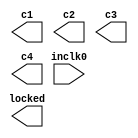
// megafunction wizard: %ALTPLL%VBB%
// GENERATION: STANDARD
// VERSION: WM1.0
// MODULE: altpll 

// ============================================================
// Megafunction Name(s):
// 			altpll
//
// Simulation Library Files(s):
// 			altera_mf
// ============================================================
// ************************************************************
// THIS IS A WIZARD-GENERATED FILE. DO NOT EDIT THIS FILE!
//
// 13.1.0 Build 162 10/23/2013 SJ Web Edition
// ************************************************************

//Copyright (C) 1991-2013 Altera Corporation
//Your use of Altera Corporation's design tools, logic functions 
//and other software and tools, and its AMPP partner logic 
//functions, and any output files from any of the foregoing 
//(including device programming or simulation files), and any 
//associated documentation or information are expressly subject 
//to the terms and conditions of the Altera Program License 
//Subscription Agreement, Altera MegaCore Function License 
//Agreement, or other applicable license agreement, including, 
//without limitation, that your use is for the sole purpose of 
//programming logic devices manufactured by Altera and sold by 
//Altera or its authorized distributors.  Please refer to the 
//applicable agreement for further details.

module jtframe_pll0 (
	inclk0,
	c1,
	c2,
	c3,
	c4,
	locked);

	input	  inclk0;
	output	  c1;
	output	  c2;
	output	  c3;
	output	  c4;
	output	  locked;

endmodule

// ============================================================
// CNX file retrieval info
// ============================================================
// Retrieval info: PRIVATE: ACTIVECLK_CHECK STRING "0"
// Retrieval info: PRIVATE: BANDWIDTH STRING "1.000"
// Retrieval info: PRIVATE: BANDWIDTH_FEATURE_ENABLED STRING "1"
// Retrieval info: PRIVATE: BANDWIDTH_FREQ_UNIT STRING "MHz"
// Retrieval info: PRIVATE: BANDWIDTH_PRESET STRING "Low"
// Retrieval info: PRIVATE: BANDWIDTH_USE_AUTO STRING "1"
// Retrieval info: PRIVATE: BANDWIDTH_USE_PRESET STRING "0"
// Retrieval info: PRIVATE: CLKBAD_SWITCHOVER_CHECK STRING "0"
// Retrieval info: PRIVATE: CLKLOSS_CHECK STRING "0"
// Retrieval info: PRIVATE: CLKSWITCH_CHECK STRING "0"
// Retrieval info: PRIVATE: CNX_NO_COMPENSATE_RADIO STRING "0"
// Retrieval info: PRIVATE: CREATE_CLKBAD_CHECK STRING "0"
// Retrieval info: PRIVATE: CREATE_INCLK1_CHECK STRING "0"
// Retrieval info: PRIVATE: CUR_DEDICATED_CLK STRING "c1"
// Retrieval info: PRIVATE: CUR_FBIN_CLK STRING "c0"
// Retrieval info: PRIVATE: DEVICE_SPEED_GRADE STRING "8"
// Retrieval info: PRIVATE: DIV_FACTOR1 NUMERIC "3"
// Retrieval info: PRIVATE: DIV_FACTOR2 NUMERIC "1"
// Retrieval info: PRIVATE: DIV_FACTOR3 NUMERIC "1"
// Retrieval info: PRIVATE: DIV_FACTOR4 NUMERIC "1"
// Retrieval info: PRIVATE: DUTY_CYCLE1 STRING "50.00000000"
// Retrieval info: PRIVATE: DUTY_CYCLE2 STRING "50.00000000"
// Retrieval info: PRIVATE: DUTY_CYCLE3 STRING "50.00000000"
// Retrieval info: PRIVATE: DUTY_CYCLE4 STRING "50.00000000"
// Retrieval info: PRIVATE: EFF_OUTPUT_FREQ_VALUE1 STRING "48.000000"
// Retrieval info: PRIVATE: EFF_OUTPUT_FREQ_VALUE2 STRING "48.000000"
// Retrieval info: PRIVATE: EFF_OUTPUT_FREQ_VALUE3 STRING "24.000000"
// Retrieval info: PRIVATE: EFF_OUTPUT_FREQ_VALUE4 STRING "6.000000"
// Retrieval info: PRIVATE: EXPLICIT_SWITCHOVER_COUNTER STRING "0"
// Retrieval info: PRIVATE: EXT_FEEDBACK_RADIO STRING "0"
// Retrieval info: PRIVATE: GLOCKED_COUNTER_EDIT_CHANGED STRING "1"
// Retrieval info: PRIVATE: GLOCKED_FEATURE_ENABLED STRING "0"
// Retrieval info: PRIVATE: GLOCKED_MODE_CHECK STRING "0"
// Retrieval info: PRIVATE: GLOCK_COUNTER_EDIT NUMERIC "1048575"
// Retrieval info: PRIVATE: HAS_MANUAL_SWITCHOVER STRING "1"
// Retrieval info: PRIVATE: INCLK0_FREQ_EDIT STRING "50.000"
// Retrieval info: PRIVATE: INCLK0_FREQ_UNIT_COMBO STRING "MHz"
// Retrieval info: PRIVATE: INCLK1_FREQ_EDIT STRING "25.000"
// Retrieval info: PRIVATE: INCLK1_FREQ_EDIT_CHANGED STRING "1"
// Retrieval info: PRIVATE: INCLK1_FREQ_UNIT_CHANGED STRING "1"
// Retrieval info: PRIVATE: INCLK1_FREQ_UNIT_COMBO STRING "MHz"
// Retrieval info: PRIVATE: INTENDED_DEVICE_FAMILY STRING "Cyclone III"
// Retrieval info: PRIVATE: INT_FEEDBACK__MODE_RADIO STRING "1"
// Retrieval info: PRIVATE: LOCKED_OUTPUT_CHECK STRING "1"
// Retrieval info: PRIVATE: LONG_SCAN_RADIO STRING "1"
// Retrieval info: PRIVATE: LVDS_MODE_DATA_RATE STRING "Not Available"
// Retrieval info: PRIVATE: LVDS_MODE_DATA_RATE_DIRTY NUMERIC "0"
// Retrieval info: PRIVATE: LVDS_PHASE_SHIFT_UNIT1 STRING "deg"
// Retrieval info: PRIVATE: LVDS_PHASE_SHIFT_UNIT2 STRING "deg"
// Retrieval info: PRIVATE: LVDS_PHASE_SHIFT_UNIT3 STRING "ps"
// Retrieval info: PRIVATE: LVDS_PHASE_SHIFT_UNIT4 STRING "ps"
// Retrieval info: PRIVATE: MIG_DEVICE_SPEED_GRADE STRING "Any"
// Retrieval info: PRIVATE: MIRROR_CLK1 STRING "0"
// Retrieval info: PRIVATE: MIRROR_CLK2 STRING "0"
// Retrieval info: PRIVATE: MIRROR_CLK3 STRING "0"
// Retrieval info: PRIVATE: MIRROR_CLK4 STRING "0"
// Retrieval info: PRIVATE: MULT_FACTOR1 NUMERIC "4"
// Retrieval info: PRIVATE: MULT_FACTOR2 NUMERIC "1"
// Retrieval info: PRIVATE: MULT_FACTOR3 NUMERIC "1"
// Retrieval info: PRIVATE: MULT_FACTOR4 NUMERIC "1"
// Retrieval info: PRIVATE: NORMAL_MODE_RADIO STRING "1"
// Retrieval info: PRIVATE: OUTPUT_FREQ1 STRING "48.00000000"
// Retrieval info: PRIVATE: OUTPUT_FREQ2 STRING "48.00000000"
// Retrieval info: PRIVATE: OUTPUT_FREQ3 STRING "24.00000000"
// Retrieval info: PRIVATE: OUTPUT_FREQ4 STRING "6.00000000"
// Retrieval info: PRIVATE: OUTPUT_FREQ_MODE1 STRING "1"
// Retrieval info: PRIVATE: OUTPUT_FREQ_MODE2 STRING "1"
// Retrieval info: PRIVATE: OUTPUT_FREQ_MODE3 STRING "1"
// Retrieval info: PRIVATE: OUTPUT_FREQ_MODE4 STRING "1"
// Retrieval info: PRIVATE: OUTPUT_FREQ_UNIT1 STRING "MHz"
// Retrieval info: PRIVATE: OUTPUT_FREQ_UNIT2 STRING "MHz"
// Retrieval info: PRIVATE: OUTPUT_FREQ_UNIT3 STRING "MHz"
// Retrieval info: PRIVATE: OUTPUT_FREQ_UNIT4 STRING "MHz"
// Retrieval info: PRIVATE: PHASE_RECONFIG_FEATURE_ENABLED STRING "1"
// Retrieval info: PRIVATE: PHASE_RECONFIG_INPUTS_CHECK STRING "0"
// Retrieval info: PRIVATE: PHASE_SHIFT1 STRING "0.00000000"
// Retrieval info: PRIVATE: PHASE_SHIFT2 STRING "180.00000000"
// Retrieval info: PRIVATE: PHASE_SHIFT3 STRING "0.00000000"
// Retrieval info: PRIVATE: PHASE_SHIFT4 STRING "0.00000000"
// Retrieval info: PRIVATE: PHASE_SHIFT_STEP_ENABLED_CHECK STRING "0"
// Retrieval info: PRIVATE: PHASE_SHIFT_UNIT1 STRING "deg"
// Retrieval info: PRIVATE: PHASE_SHIFT_UNIT2 STRING "deg"
// Retrieval info: PRIVATE: PHASE_SHIFT_UNIT3 STRING "ps"
// Retrieval info: PRIVATE: PHASE_SHIFT_UNIT4 STRING "ps"
// Retrieval info: PRIVATE: PLL_ADVANCED_PARAM_CHECK STRING "0"
// Retrieval info: PRIVATE: PLL_ARESET_CHECK STRING "0"
// Retrieval info: PRIVATE: PLL_AUTOPLL_CHECK NUMERIC "1"
// Retrieval info: PRIVATE: PLL_ENHPLL_CHECK NUMERIC "0"
// Retrieval info: PRIVATE: PLL_FASTPLL_CHECK NUMERIC "0"
// Retrieval info: PRIVATE: PLL_FBMIMIC_CHECK STRING "0"
// Retrieval info: PRIVATE: PLL_LVDS_PLL_CHECK NUMERIC "0"
// Retrieval info: PRIVATE: PLL_PFDENA_CHECK STRING "0"
// Retrieval info: PRIVATE: PLL_TARGET_HARCOPY_CHECK NUMERIC "0"
// Retrieval info: PRIVATE: PRIMARY_CLK_COMBO STRING "inclk0"
// Retrieval info: PRIVATE: RECONFIG_FILE STRING "jtframe_pll0.mif"
// Retrieval info: PRIVATE: SACN_INPUTS_CHECK STRING "0"
// Retrieval info: PRIVATE: SCAN_FEATURE_ENABLED STRING "1"
// Retrieval info: PRIVATE: SELF_RESET_LOCK_LOSS STRING "1"
// Retrieval info: PRIVATE: SHORT_SCAN_RADIO STRING "0"
// Retrieval info: PRIVATE: SPREAD_FEATURE_ENABLED STRING "0"
// Retrieval info: PRIVATE: SPREAD_FREQ STRING "50.000"
// Retrieval info: PRIVATE: SPREAD_FREQ_UNIT STRING "KHz"
// Retrieval info: PRIVATE: SPREAD_PERCENT STRING "0.000"
// Retrieval info: PRIVATE: SPREAD_USE STRING "0"
// Retrieval info: PRIVATE: SRC_SYNCH_COMP_RADIO STRING "0"
// Retrieval info: PRIVATE: STICKY_CLK1 STRING "1"
// Retrieval info: PRIVATE: STICKY_CLK2 STRING "1"
// Retrieval info: PRIVATE: STICKY_CLK3 STRING "1"
// Retrieval info: PRIVATE: STICKY_CLK4 STRING "1"
// Retrieval info: PRIVATE: SWITCHOVER_COUNT_EDIT NUMERIC "1"
// Retrieval info: PRIVATE: SWITCHOVER_FEATURE_ENABLED STRING "1"
// Retrieval info: PRIVATE: SYNTH_WRAPPER_GEN_POSTFIX STRING "0"
// Retrieval info: PRIVATE: USE_CLK1 STRING "1"
// Retrieval info: PRIVATE: USE_CLK2 STRING "1"
// Retrieval info: PRIVATE: USE_CLK3 STRING "1"
// Retrieval info: PRIVATE: USE_CLK4 STRING "1"
// Retrieval info: PRIVATE: USE_CLKENA1 STRING "0"
// Retrieval info: PRIVATE: USE_CLKENA2 STRING "0"
// Retrieval info: PRIVATE: USE_CLKENA3 STRING "0"
// Retrieval info: PRIVATE: USE_CLKENA4 STRING "0"
// Retrieval info: PRIVATE: USE_MIL_SPEED_GRADE NUMERIC "0"
// Retrieval info: PRIVATE: ZERO_DELAY_RADIO STRING "0"
// Retrieval info: LIBRARY: altera_mf altera_mf.altera_mf_components.all
// Retrieval info: CONSTANT: BANDWIDTH_TYPE STRING "AUTO"
// Retrieval info: CONSTANT: CLK1_DIVIDE_BY NUMERIC "25"
// Retrieval info: CONSTANT: CLK1_DUTY_CYCLE NUMERIC "50"
// Retrieval info: CONSTANT: CLK1_MULTIPLY_BY NUMERIC "24"
// Retrieval info: CONSTANT: CLK1_PHASE_SHIFT STRING "0"
// Retrieval info: CONSTANT: CLK2_DIVIDE_BY NUMERIC "25"
// Retrieval info: CONSTANT: CLK2_DUTY_CYCLE NUMERIC "50"
// Retrieval info: CONSTANT: CLK2_MULTIPLY_BY NUMERIC "24"
// Retrieval info: CONSTANT: CLK2_PHASE_SHIFT STRING "10417"
// Retrieval info: CONSTANT: CLK3_DIVIDE_BY NUMERIC "25"
// Retrieval info: CONSTANT: CLK3_DUTY_CYCLE NUMERIC "50"
// Retrieval info: CONSTANT: CLK3_MULTIPLY_BY NUMERIC "12"
// Retrieval info: CONSTANT: CLK3_PHASE_SHIFT STRING "0"
// Retrieval info: CONSTANT: CLK4_DIVIDE_BY NUMERIC "25"
// Retrieval info: CONSTANT: CLK4_DUTY_CYCLE NUMERIC "50"
// Retrieval info: CONSTANT: CLK4_MULTIPLY_BY NUMERIC "3"
// Retrieval info: CONSTANT: CLK4_PHASE_SHIFT STRING "0"
// Retrieval info: CONSTANT: COMPENSATE_CLOCK STRING "CLK1"
// Retrieval info: CONSTANT: INCLK0_INPUT_FREQUENCY NUMERIC "20000"
// Retrieval info: CONSTANT: INTENDED_DEVICE_FAMILY STRING "Cyclone III"
// Retrieval info: CONSTANT: LPM_TYPE STRING "altpll"
// Retrieval info: CONSTANT: OPERATION_MODE STRING "NORMAL"
// Retrieval info: CONSTANT: PLL_TYPE STRING "AUTO"
// Retrieval info: CONSTANT: PORT_ACTIVECLOCK STRING "PORT_UNUSED"
// Retrieval info: CONSTANT: PORT_ARESET STRING "PORT_UNUSED"
// Retrieval info: CONSTANT: PORT_CLKBAD0 STRING "PORT_UNUSED"
// Retrieval info: CONSTANT: PORT_CLKBAD1 STRING "PORT_UNUSED"
// Retrieval info: CONSTANT: PORT_CLKLOSS STRING "PORT_UNUSED"
// Retrieval info: CONSTANT: PORT_CLKSWITCH STRING "PORT_UNUSED"
// Retrieval info: CONSTANT: PORT_CONFIGUPDATE STRING "PORT_UNUSED"
// Retrieval info: CONSTANT: PORT_FBIN STRING "PORT_UNUSED"
// Retrieval info: CONSTANT: PORT_INCLK0 STRING "PORT_USED"
// Retrieval info: CONSTANT: PORT_INCLK1 STRING "PORT_UNUSED"
// Retrieval info: CONSTANT: PORT_LOCKED STRING "PORT_USED"
// Retrieval info: CONSTANT: PORT_PFDENA STRING "PORT_UNUSED"
// Retrieval info: CONSTANT: PORT_PHASECOUNTERSELECT STRING "PORT_UNUSED"
// Retrieval info: CONSTANT: PORT_PHASEDONE STRING "PORT_UNUSED"
// Retrieval info: CONSTANT: PORT_PHASESTEP STRING "PORT_UNUSED"
// Retrieval info: CONSTANT: PORT_PHASEUPDOWN STRING "PORT_UNUSED"
// Retrieval info: CONSTANT: PORT_PLLENA STRING "PORT_UNUSED"
// Retrieval info: CONSTANT: PORT_SCANACLR STRING "PORT_UNUSED"
// Retrieval info: CONSTANT: PORT_SCANCLK STRING "PORT_UNUSED"
// Retrieval info: CONSTANT: PORT_SCANCLKENA STRING "PORT_UNUSED"
// Retrieval info: CONSTANT: PORT_SCANDATA STRING "PORT_UNUSED"
// Retrieval info: CONSTANT: PORT_SCANDATAOUT STRING "PORT_UNUSED"
// Retrieval info: CONSTANT: PORT_SCANDONE STRING "PORT_UNUSED"
// Retrieval info: CONSTANT: PORT_SCANREAD STRING "PORT_UNUSED"
// Retrieval info: CONSTANT: PORT_SCANWRITE STRING "PORT_UNUSED"
// Retrieval info: CONSTANT: PORT_clk0 STRING "PORT_UNUSED"
// Retrieval info: CONSTANT: PORT_clk1 STRING "PORT_USED"
// Retrieval info: CONSTANT: PORT_clk2 STRING "PORT_USED"
// Retrieval info: CONSTANT: PORT_clk3 STRING "PORT_USED"
// Retrieval info: CONSTANT: PORT_clk4 STRING "PORT_USED"
// Retrieval info: CONSTANT: PORT_clk5 STRING "PORT_UNUSED"
// Retrieval info: CONSTANT: PORT_clkena0 STRING "PORT_UNUSED"
// Retrieval info: CONSTANT: PORT_clkena1 STRING "PORT_UNUSED"
// Retrieval info: CONSTANT: PORT_clkena2 STRING "PORT_UNUSED"
// Retrieval info: CONSTANT: PORT_clkena3 STRING "PORT_UNUSED"
// Retrieval info: CONSTANT: PORT_clkena4 STRING "PORT_UNUSED"
// Retrieval info: CONSTANT: PORT_clkena5 STRING "PORT_UNUSED"
// Retrieval info: CONSTANT: PORT_extclk0 STRING "PORT_UNUSED"
// Retrieval info: CONSTANT: PORT_extclk1 STRING "PORT_UNUSED"
// Retrieval info: CONSTANT: PORT_extclk2 STRING "PORT_UNUSED"
// Retrieval info: CONSTANT: PORT_extclk3 STRING "PORT_UNUSED"
// Retrieval info: CONSTANT: SELF_RESET_ON_LOSS_LOCK STRING "ON"
// Retrieval info: CONSTANT: WIDTH_CLOCK NUMERIC "5"
// Retrieval info: USED_PORT: @clk 0 0 5 0 OUTPUT_CLK_EXT VCC "@clk[4..0]"
// Retrieval info: USED_PORT: c1 0 0 0 0 OUTPUT_CLK_EXT VCC "c1"
// Retrieval info: USED_PORT: c2 0 0 0 0 OUTPUT_CLK_EXT VCC "c2"
// Retrieval info: USED_PORT: c3 0 0 0 0 OUTPUT_CLK_EXT VCC "c3"
// Retrieval info: USED_PORT: c4 0 0 0 0 OUTPUT_CLK_EXT VCC "c4"
// Retrieval info: USED_PORT: inclk0 0 0 0 0 INPUT_CLK_EXT GND "inclk0"
// Retrieval info: USED_PORT: locked 0 0 0 0 OUTPUT GND "locked"
// Retrieval info: CONNECT: @inclk 0 0 1 1 GND 0 0 0 0
// Retrieval info: CONNECT: @inclk 0 0 1 0 inclk0 0 0 0 0
// Retrieval info: CONNECT: c1 0 0 0 0 @clk 0 0 1 1
// Retrieval info: CONNECT: c2 0 0 0 0 @clk 0 0 1 2
// Retrieval info: CONNECT: c3 0 0 0 0 @clk 0 0 1 3
// Retrieval info: CONNECT: c4 0 0 0 0 @clk 0 0 1 4
// Retrieval info: CONNECT: locked 0 0 0 0 @locked 0 0 0 0
// Retrieval info: GEN_FILE: TYPE_NORMAL jtframe_pll0.v TRUE
// Retrieval info: GEN_FILE: TYPE_NORMAL jtframe_pll0.ppf TRUE
// Retrieval info: GEN_FILE: TYPE_NORMAL jtframe_pll0.inc FALSE
// Retrieval info: GEN_FILE: TYPE_NORMAL jtframe_pll0.cmp FALSE
// Retrieval info: GEN_FILE: TYPE_NORMAL jtframe_pll0.bsf FALSE
// Retrieval info: GEN_FILE: TYPE_NORMAL jtframe_pll0_inst.v FALSE
// Retrieval info: GEN_FILE: TYPE_NORMAL jtframe_pll0_bb.v TRUE
// Retrieval info: LIB_FILE: altera_mf
// Retrieval info: CBX_MODULE_PREFIX: ON